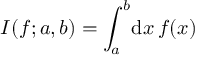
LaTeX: I ( f ; a , b ) = \int _ { a } ^ { b } \! \mathrm { d } x \, f ( x )